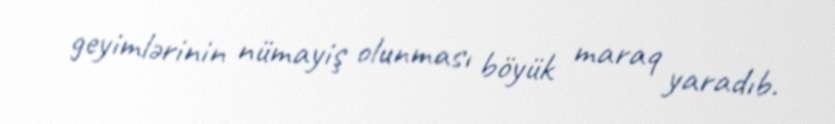
geyimlərinin nümayiş olunması böyük maraq yaradıb.